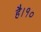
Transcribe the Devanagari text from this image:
है।१०